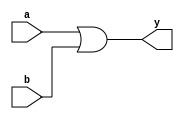
module OR(y,a,b);

output y;

input a,b;

assign y=a | b;

endmodule

module OR2(y,a,b);
output [1:0]y;
input [1:0]a,b;

OR ad(y[0],a[0],b[0]);
OR ad2(y[1],a[1],b[1]);

endmodule

module OR4(y,a,b);
output[3:0]y;
input [3:0]a,b;

OR2 ad(y[1:0],a[1:0],b[1:0]);
OR2 ad2(y[3:2],a[3:2],b[3:2]);

endmodule